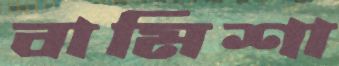
বামিশা